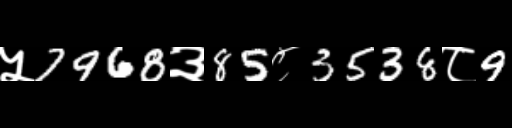
Text: ५7968३85८3538८9